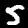
Label: 5